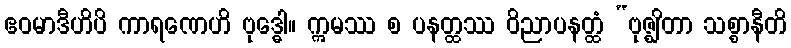
ဧဝမာဒီဟိပိ ကာရဏေဟိ ဗုဒ္ဓေါ။ ဣမဿ စ ပနတ္ထဿ ဝိညာပနတ္ထံ “ဗုဇ္ဈိတာ သစ္စာနီတိ